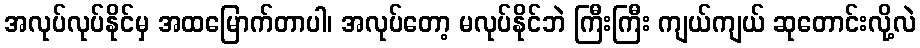
အလုပ်လုပ်နိုင်မှ အထမြောက်တာပါ၊ အလုပ်တော့ မလုပ်နိုင်ဘဲ ကြီးကြီး ကျယ်ကျယ် ဆုတောင်းလို့လဲ